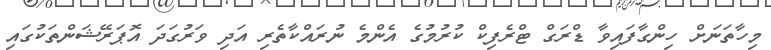
މިހާތަނަށް ހިންގާފައިވާ ޑްރަގް ޓްރެފިކް ކުރުމުގެ އެންމެ ނުރައްކާތެރި އަދި ވަރުގަދަ އޮޕަރޭޝަންތަކުގައި